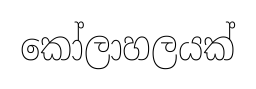
කෝලාහලයක්